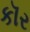
કૉર